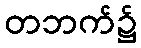
တဘက်၌